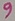
Text: 9